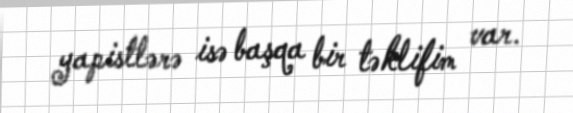
yapistlərə isə başqa bir təklifim var.